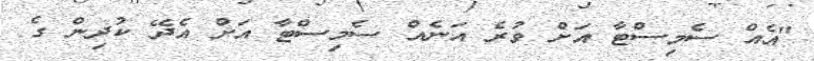
"އެއް ސެމިސްޓާ އަށް ވުރެ އަނެއް ސެމިސްޓާ އަށް އެދޭ ކުދިން ގެ